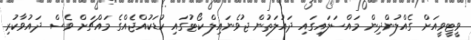
ވީޓީވީއަށް ގެއްލުންދިން މައްސަލައިގައި ދައުލަތުން ޖުވެނައިލް ކޯޓުގައި ކުޑަކުއްޖެއްގެ މައްޗަށް ވެސް ދައުވާކުރި